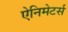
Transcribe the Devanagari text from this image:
ऐनिमेटर्स